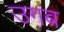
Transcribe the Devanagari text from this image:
उगब